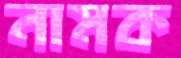
নামক